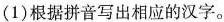
(1)根据拼音写出相应的汉字。